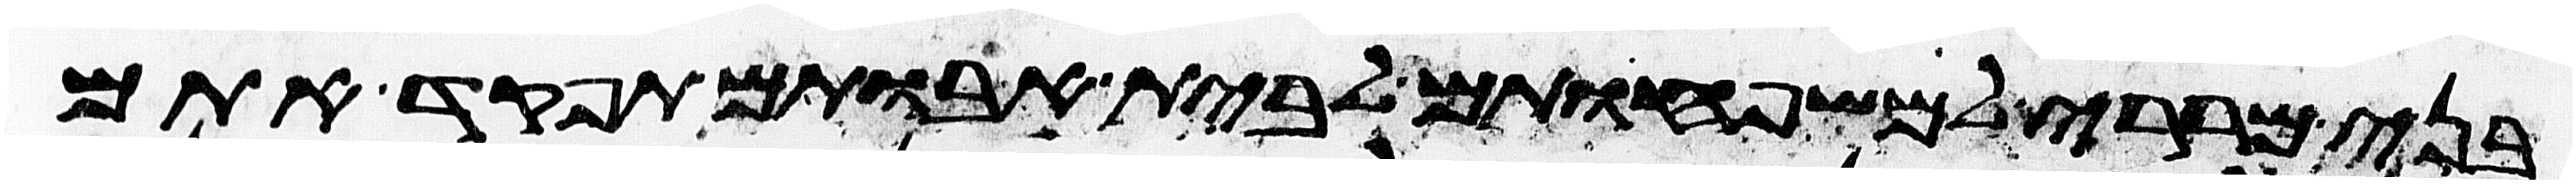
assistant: בני מררי למשפחותם לבית אבותם תפקד אתם